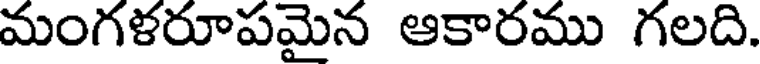
మంగళరూపమైన ఆకారము గలది.